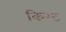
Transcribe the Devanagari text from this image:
किरट